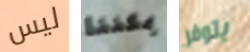
ليس يمكننا يتوفر